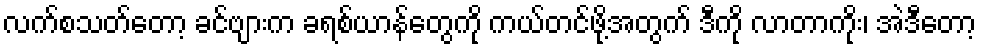
လက်စသတ်တော့ ခင်ဗျားက ခရစ်ယာန်တွေကို ကယ်တင်ဖို့အတွက် ဒီကို လာတာကိုး၊ အဲဒီတော့